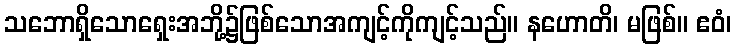
သဘောရှိသောရှေးအဘို့၌ဖြစ်သောအကျင့်ကိုကျင့်သည်။ နဟောတိ၊ မဖြစ်။ ဧဝံ၊